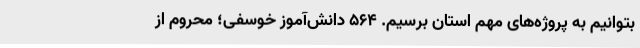
بتوانیم به پروژه‌های مهم استان برسیم. 564 دانش‌آموز خوسفی؛ محروم از